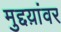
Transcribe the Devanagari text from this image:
मुद्दय़ांवर